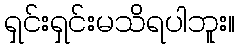
ရှင်းရှင်းမသိရပါဘူး။